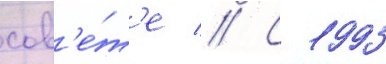
сов'е́т'е // С 1993